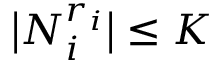
\big \vert N _ { i } ^ { r _ { i } } \big \vert \leq K